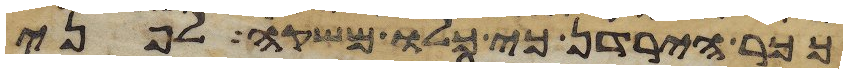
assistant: ככר הירדן כי כלו משקה לפני